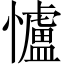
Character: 𢥈